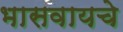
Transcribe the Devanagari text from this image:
भासवायचे